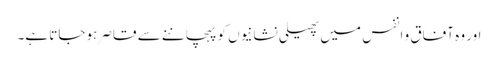
اور وہ آفاق و انفس میں پھیلی نشانیوں کو پہچاننے سے قاصر ہوجاتا ہے۔